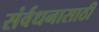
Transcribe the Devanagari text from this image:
संर्वधनासाठी